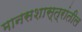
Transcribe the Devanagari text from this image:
मानसशास्त्रांतील